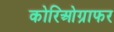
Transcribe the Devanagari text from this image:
कोरिओग्राफर